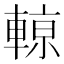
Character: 𨍡